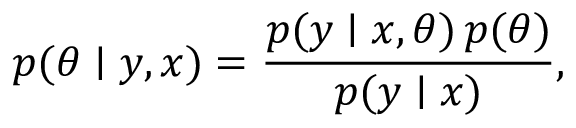
p ( \boldsymbol { \theta } \mid \boldsymbol { y } , \boldsymbol { x } ) = \frac { p ( \boldsymbol { y } \mid \boldsymbol { x } , \boldsymbol { \theta } ) \, p ( \boldsymbol { \theta } ) } { p ( \boldsymbol { y } \mid \boldsymbol { x } ) } ,